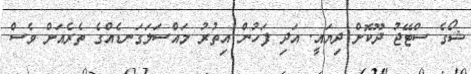
ޝޯގެ ސްޓޭޖު ދޫކޮށް ދިޔައީ. އަދި ފަހުން އިތުރު މައްސަލަގަނޑެއްގެ ތެރެއަށް ވެސް